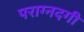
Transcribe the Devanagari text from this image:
पराग्नदगी